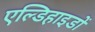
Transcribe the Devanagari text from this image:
एल्डिहाइडों